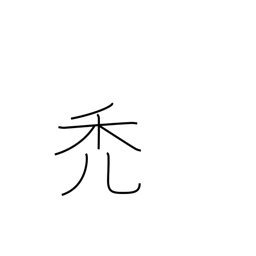
Meaning: waste away